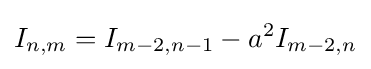
I_{n,m}=I_{m-2,n-1}-a^{2}I_{m-2,n}\,\!